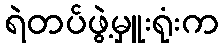
ရဲတပ်ဖွဲ့မှူးရုံးက